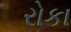
રોકા